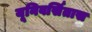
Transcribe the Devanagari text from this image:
यूनिवर्सितास